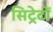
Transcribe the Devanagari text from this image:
सिट्रेटों